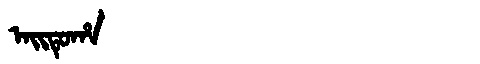
Manchu: ᠠᡳᡨᡠᡥᠠ
Romanization: AITUHA